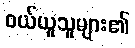
ဝယ်ယူသူများ၏